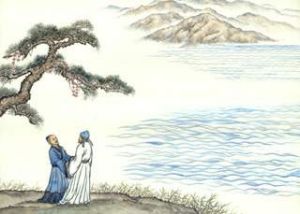
前经洛阳陌，宛洛故人稀。